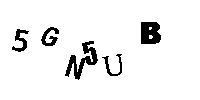
5GN5UB